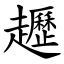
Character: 䟐